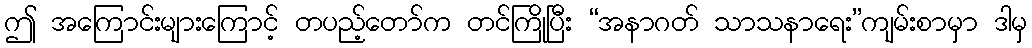
ဤ အကြောင်းများကြောင့် တပည့်တော်က တင်ကြိုပြီး “အနာဂတ် သာသနာရေး”ကျမ်းစာမှာ ဒါမှ